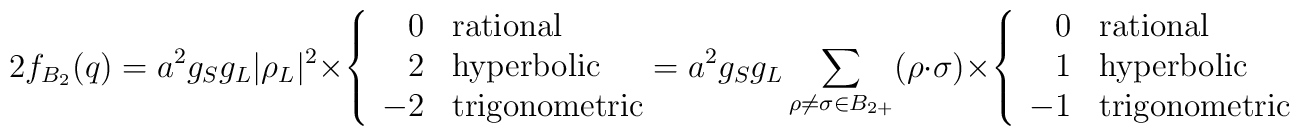
2f_{B_{2}}(q)=a^2g_Sg_L|\rho_L|^2\times   \left\{   \begin{array}{rl}      0& \mbox{rational}\\      2&\mbox{hyperbolic}\\      -2&\mbox{trigonometric}   \end{array}\right.\!\!\! =   a^2g_Sg_L\sum_{\rho\neq \sigma\in B_{2+}   }(\rho\cdot\sigma)   \times\left\{   \begin{array}{rl}      0& \mbox{rational}\\      1&\mbox{hyperbolic}\\      -1&\mbox{trigonometric}   \end{array}\right.